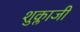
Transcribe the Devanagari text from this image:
शुक्लाजी